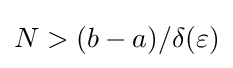
{\textstyle N>(b-a)/\delta (\varepsilon )}